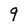
Character: 9